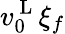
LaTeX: v_{0}^{\mathrm{~L~}}\xi_{f}